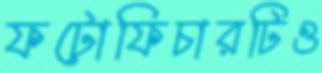
ফটোফিচারটিও